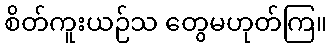
စိတ်ကူးယဉ်သ တွေမဟုတ်ကြ။